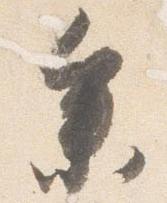
参